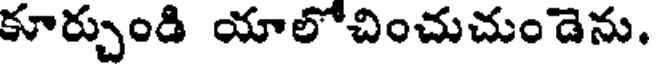
కూర్చుండి యాలోచించుచుండెను.